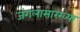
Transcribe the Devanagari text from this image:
जंगलासारख्या